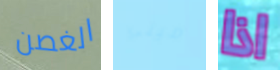
الغصن ميني اذا